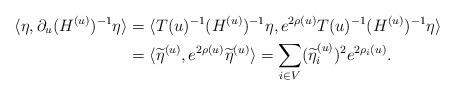
LaTeX: \begin{align*}\langle\eta,\partial_u (H^{(u)})^{-1}\eta\rangle &= \langle T(u)^{-1}(H^{(u)})^{-1}\eta,e^{2\rho(u)}T(u)^{-1}(H^{(u)})^{-1}\eta\rangle \\&=\langle\widetilde\eta^{(u)},e^{2\rho(u)}\widetilde\eta^{(u)}\rangle = \sum_{i\in V}(\widetilde\eta_i^{(u)})^2 e^{2\rho_i(u)}.\end{align*}